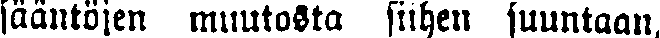
fääntöjen muutosta siihen suuntaan,